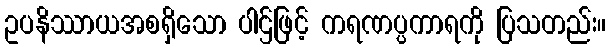
ဥပနိဿာယအစရှိသော ပါဌ်ဖြင့် ကရဏပ္ပကာရကို ပြသတည်း။